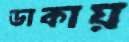
ডাকায়